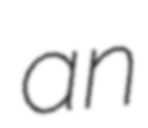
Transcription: an